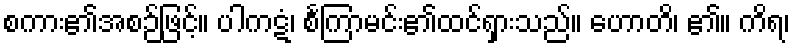
စကား၏အစဉ်ဖြင့်။ ပါကဋံ၊ စင်္ကြာမင်း၏ထင်ရှားသည်။ ဟောတိ၊ ၏။ ကိရ၊